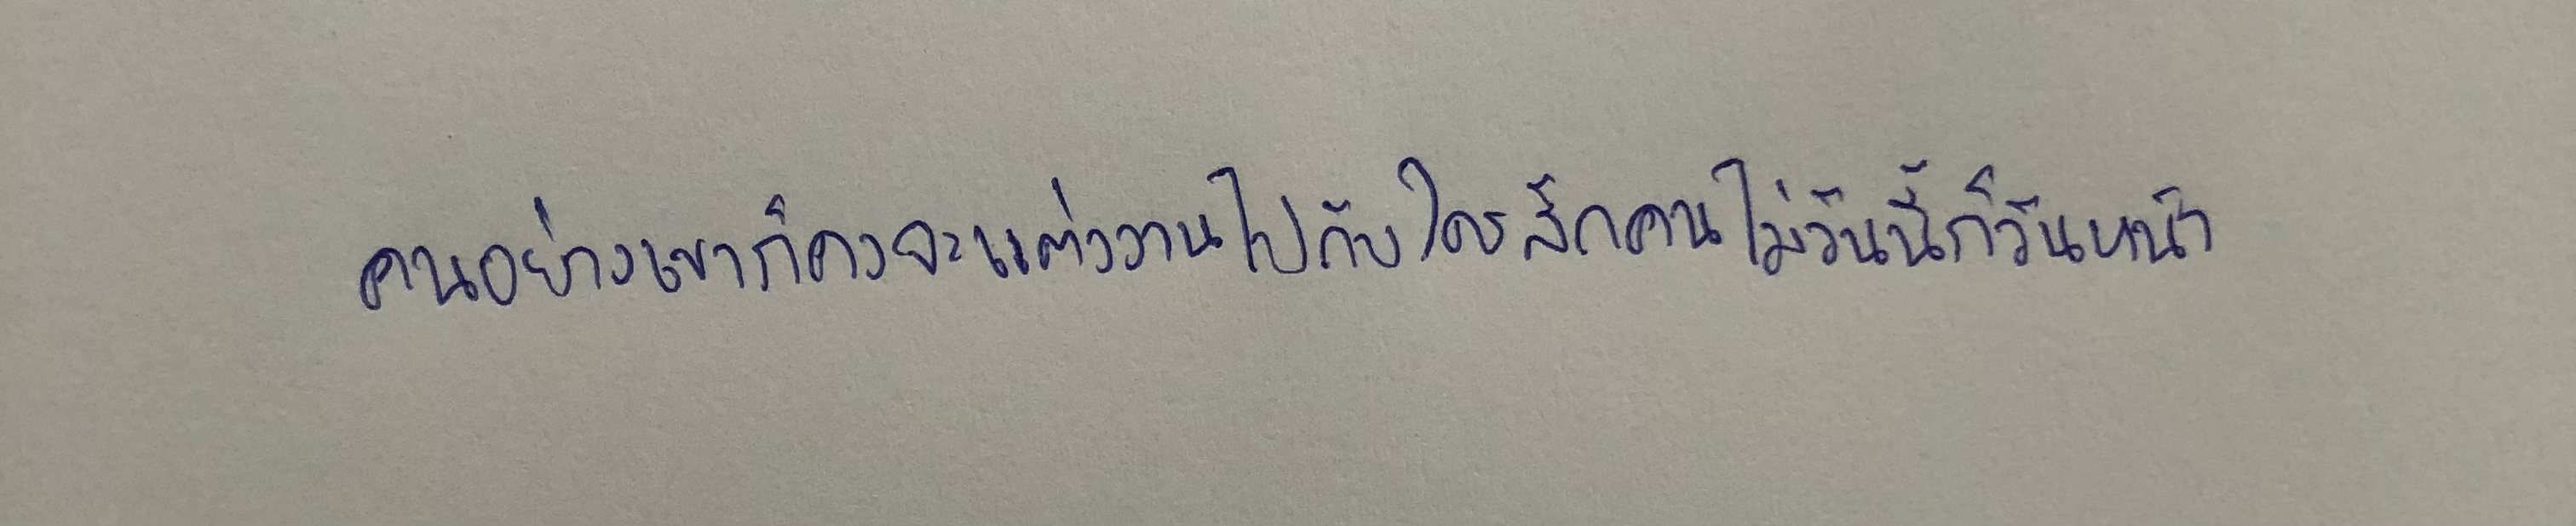
คนอย่างเขาก็คงจะแต่งงานไปกับใครสักคนไม่วันนี้ก็วันหน้า